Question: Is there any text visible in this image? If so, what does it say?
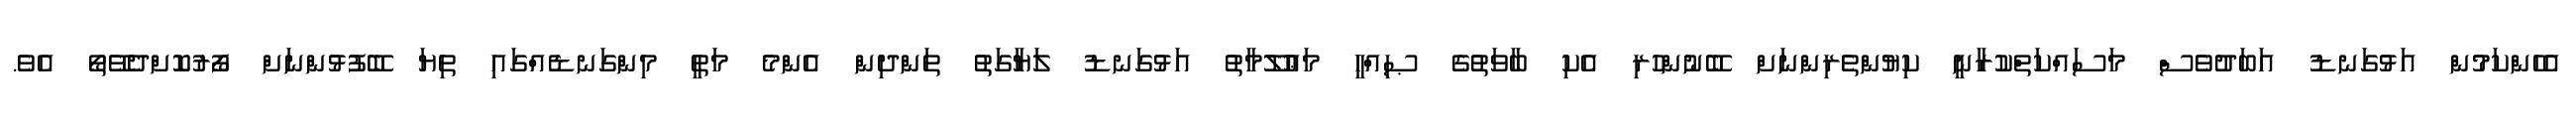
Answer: އެހެންކަމުން އަޅުގަނޑު އަބަދުވެސް މަސައްކަތްކުރާނީ ކިޔުންތެރިންނަށް ބޭނުންހުރި އެކި ބާވަތުގެ ޞިއްހީ މަޢުލޫމާތު އަޅުގަނޑު ލަޔާގަތު ތަންދިން އެންމެ މަތީ މިންގަނޑެއްގައި ތިޔަ ބޭފުޅުންނަށް ފޯރުކޮށްދެވޭތޯ އެވެ.